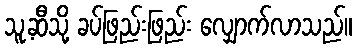
သူ့ဆီသို့ ခပ်ဖြည်းဖြည်း လျှောက်လာသည်။